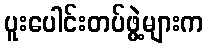
ပူးပေါင်းတပ်ဖွဲ့များက